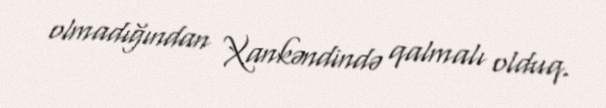
olmadığından Xankəndində qalmalı olduq.